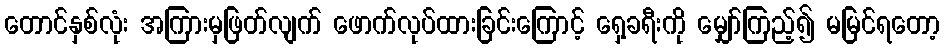
တောင်နှစ်လုံး အကြားမှဖြတ်လျက် ဖောက်လုပ်ထားခြင်းကြောင့် ရှေ့ခရီးကို မျှော်ကြည့်၍ မမြင်ရတော့